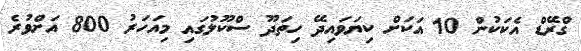
ގްރޭޑް އެކަކުން 10 އަކަށް ކިޔަވައިދޭ ހިތަދޫ ސްކޫލުގައި މިއަހަރު 800 އަށްވުރެ